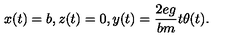
x ( t ) = b , z ( t ) = 0 , y ( t ) = { \frac { 2 e g } { b m } } t \theta ( t ) .